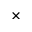
\times